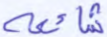
شائعة